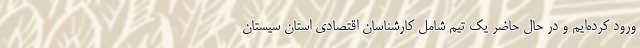
ورود کرده‌ایم و در حال حاضر یک تیم شامل کارشناسان اقتصادی استان سیستان